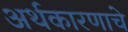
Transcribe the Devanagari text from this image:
अर्थकारणाचे